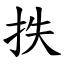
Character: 抶